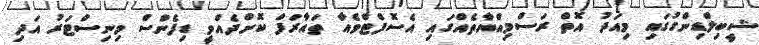
ޝީބިލްޑިންގުގައި މިއަދު އޮތް ރަސްމިއްޔާތެއްގައި އެސޮފްޓްވެއާ ތައާރަފް ކޮށްދެއްވީ ޑިފެންސް މިނިސްޓަރު އަދި